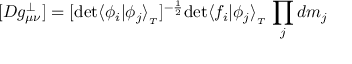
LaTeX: [ { \cal D } g _ { \mu \nu } ^ { \perp } ] = [ \mathrm { d e t } \langle \phi _ { i } \vert \phi _ { j } \rangle _ { _ T } ] ^ { - { \frac { 1 } { 2 } } } \mathrm { d e t } \langle f _ { i } \vert \phi _ { j } \rangle _ { _ T } \, \prod _ { j } d m _ { j }